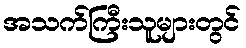
အသက်ကြီးသူများတွင်